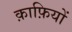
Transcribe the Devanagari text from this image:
क़ाफ़ियों